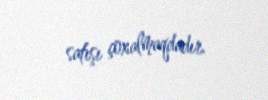
satışı çoxalmaqdadır.